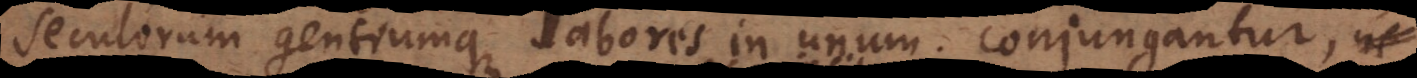
seculorum gentiumque labores in unum conjungantur,